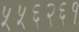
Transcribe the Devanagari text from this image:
५५६२६१